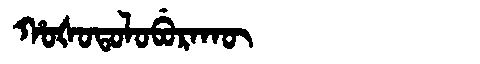
Manchu: ᡥᠣᡧᠣᡨᠣᠯᠣᠪᡠᡵᠠᡴᡡ
Romanization: HOŠOTOLOBURAKŪ